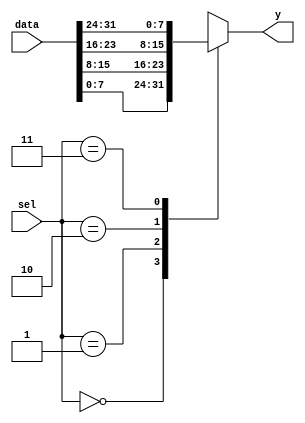
module bn_mux_n_1_generate 
#( parameter  DATA_WIDTH = 8,
   parameter  SEL_WIDTH   = 2) 
(
    input   [((2**SEL_WIDTH)*DATA_WIDTH)-1:0] data,
    input   [SEL_WIDTH-1:0]                   sel,   
    output  [DATA_WIDTH-1:0]                  y
);

wire    [DATA_WIDTH-1:0] tmp_array [0:(2**SEL_WIDTH)-1];

genvar i;
generate
    for(i=0; i<2**SEL_WIDTH; i=i+1) 
    begin: gen_array
        assign  tmp_array[i] = data[((i+1)*DATA_WIDTH)-1:(i*DATA_WIDTH)];
    end
endgenerate

    assign  y =  tmp_array[sel];

endmodule


module bn_selector_n_1_generate 
#( parameter  DATA_WIDTH = 8,
   parameter  INPUT_CHANNELS   = 2) 
(
    input   [(INPUT_CHANNELS*DATA_WIDTH)-1:0] data,
    input   [INPUT_CHANNELS-1:0]              sel,   
    output  [DATA_WIDTH-1:0]                  y
);

genvar i;
generate
    for(i=0;i<INPUT_CHANNELS;i=i+1) 
    begin: gen_array
        assign y = sel[i] ? data[((i+1)*DATA_WIDTH)-1:(i*DATA_WIDTH)] : {DATA_WIDTH{1'bx}};
    end
endgenerate

endmodule

module Nbit_Nin1_mux
(
    input   [ 1:0]  KEY,
    input   [ 9:0]  SW,
    output  [ 9:0]  LEDR
);

    bn_mux_n_1_generate #(2,2) bn_mux_n_1_generate (.data({SW[7:6],SW[5:4],SW[3:2],SW[1:0]}), .sel(KEY[1:0]), .y(LEDR[1:0]));
    bn_selector_n_1_generate #(4,2) bn_selector_n_1_generate (.data({SW[7:4],SW[3:0]}), .sel(SW[9:8]), .y(LEDR[9:6]));

endmodule